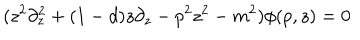
( z ^ { 2 } \partial _ { z } ^ { 2 } + ( 1 - d ) z \partial _ { z } - p ^ { 2 } z ^ { 2 } - m ^ { 2 } ) \phi ( p , z ) = 0